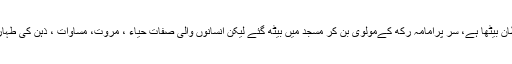
کلمہ پڑھ کر آپ مسلمان ہوئے لیکن اندر شیطان بیٹھا ہے، سر پرامامہ رکھ کےمولوی بن کر مسجد میں بیٹھ گئے لیکن انسانوں والی صفات حیاء ، مروت، مساوات ، ذہن کی طہارت ، سوچ کی طہارت، بیدار ہی نہیں ہوئی ۔